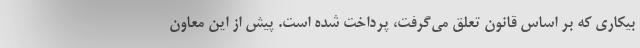
بیکاری که بر اساس قانون تعلق می‌گرفت، پرداخت شده است. پیش از این معاون